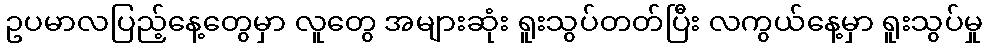
ဥပမာလပြည့်နေ့တွေမှာ လူတွေ အများဆုံး ရူးသွပ်တတ်ပြီး လကွယ်နေ့မှာ ရူးသွပ်မှု